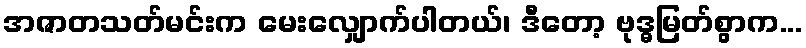
အဇာတသတ်မင်းက မေးလျှောက်ပါတယ်၊ ဒီတော့ ဗုဒ္ဓမြတ်စွာက...